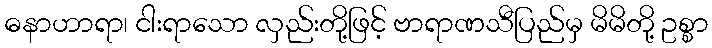
ဓနာဟာရာ၊ ငါးရာသော လှည်းတို့ဖြင့် ဗာရာဏသီပြည်မှ မိမိတို့ ဥစ္စာ